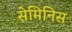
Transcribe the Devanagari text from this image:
सेमिनिस